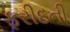
ફરીદની